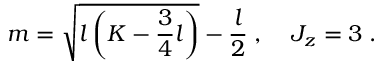
m = \sqrt { l \left( K - \frac { 3 } { 4 } l \right) } - \frac { l } { 2 } \; , \; \; \; \; { \cal J } _ { z } = 3 \; .